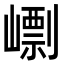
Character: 㠒